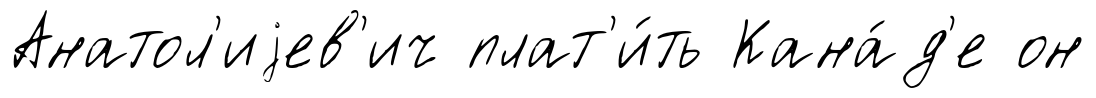
Анатол'иjев'ич плат'и́ть Кана́д'е он